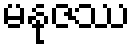
မနုဇဿ